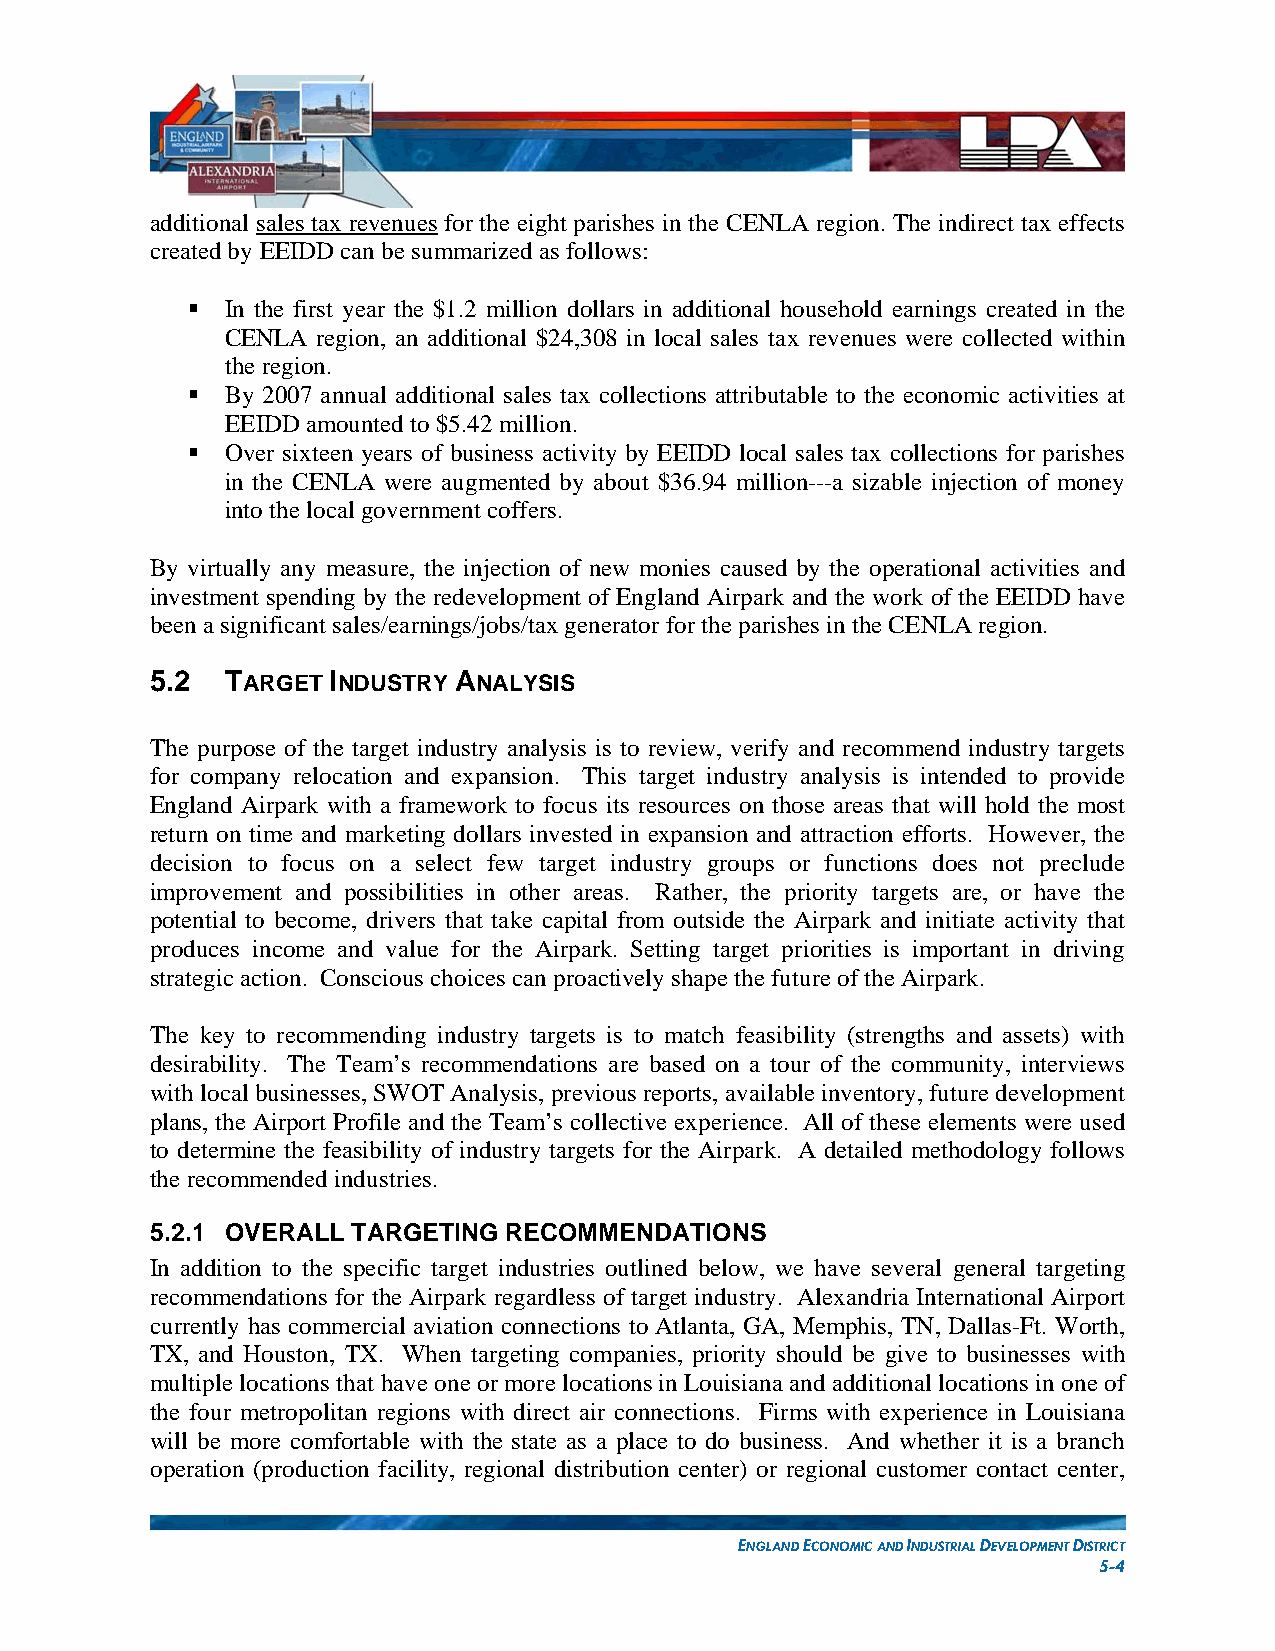
additional sales tax revenues for the eight parishes in the CENLA region. The indirect tax effects
 created by EEIDD can be summarized as follows:
   In the first year the $1.2 million dollars in additional household earnings created in the
 CENLA region, an additional $24,308 in local sales tax revenues were collected within
 the region.
   By 2007 annual additional sales tax collections attributable to the economic activities at
 EEIDD amounted to $5.42 million.
   Over sixteen years of business activity by EEIDD local sales tax collections for parishes
 in the CENLA were augmented by about $36.94 million---a sizable injection of money
 into the local government coffers.
 By virtually any measure, the injection of new monies caused by the operational activities and
 investment spending by the redevelopment of England Airpark and the work of the EEIDD have
 been a significant sales/earnings/jobs/tax generator for the parishes in the CENLA region.
 5.2  TARGET INDUSTRY ANALYSIS
 The purpose of the target industry analysis is to review, verify and recommend industry targets
 for company relocation and expansion. This target industry analysis is intended to provide
 England Airpark with a framework to focus its resources on those areas that will hold the most
 return on time and marketing dollars invested in expansion and attraction efforts. However, the
 decision to focus on a select few target industry groups or functions does not preclude
 improvement and possibilities in other areas. Rather, the priority targets are, or have the
 potential to become, drivers that take capital from outside the Airpark and initiate activity that
 produces income and value for the Airpark. Setting target priorities is important in driving
 strategic action. Conscious choices can proactively shape the future of the Airpark.
 The key to recommending industry targets is to match feasibility (strengths and assets) with
 desirability. The Team’s recommendations are based on a tour of the community, interviews
 with local businesses, SWOT Analysis, previous reports, available inventory, future development
 plans, the Airport Profile and the Team’s collective experience. All of these elements were used
 to determine the feasibility of industry targets for the Airpark. A detailed methodology follows
 the recommended industries.
 5.2.1 OVERALL TARGETING RECOMMENDATIONS
 In addition to the specific target industries outlined below, we have several general targeting
 recommendations for the Airpark regardless of target industry. Alexandria International Airport
 currently has commercial aviation connections to Atlanta, GA, Memphis, TN, Dallas-Ft. Worth,
 TX, and Houston, TX. When targeting companies, priority should be give to businesses with
 multiple locations that have one or more locations in Louisiana and additional locations in one of
 the four metropolitan regions with direct air connections. Firms with experience in Louisiana
 will be more comfortable with the state as a place to do business. And whether it is a branch
 operation (production facility, regional distribution center) or regional customer contact center,
 ENGLAND ECONOMIC AND INDUSTRIAL DEVELOPMENT DISTRICT
 5-4